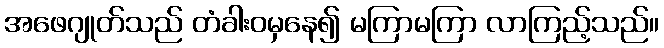
အဖေဂျုတ်သည် တံခါးဝမှနေ၍ မကြာမကြာ လာကြည့်သည်။